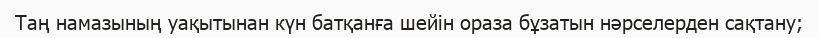
Таң намазының уақытынан күн батқанға шейін ораза бұзатын нәрселерден сақтану;